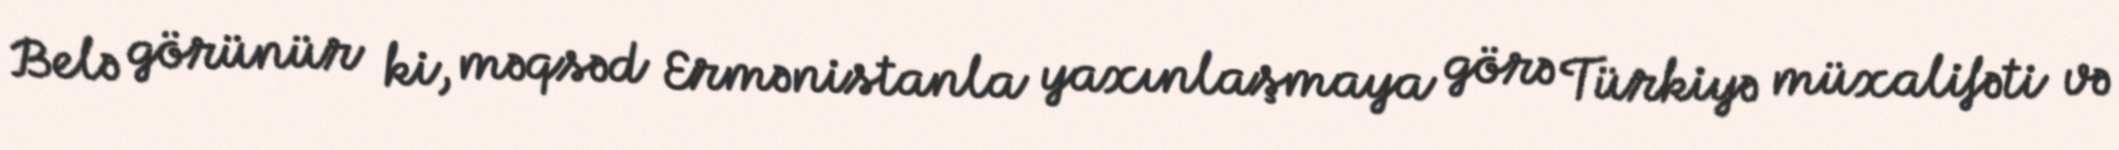
Belə görünür ki, məqsəd Ermənistanla yaxınlaşmaya görə Türkiyə müxalifəti və